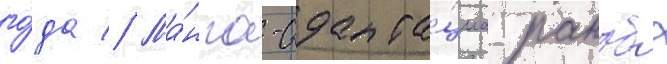
го́да // Ма́нга-адапта́циа ранобэ